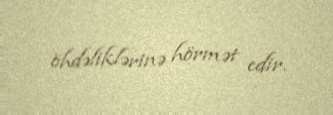
öhdəliklərinə hörmət edir.